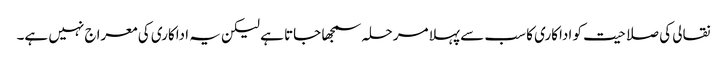
نقالی کی صلاحیت کو اداکاری کا سب سے پہلا مرحلہ سمجھا جاتا ہے لیکن یہ اداکاری کی معراج نہیں ہے۔